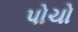
પોચો